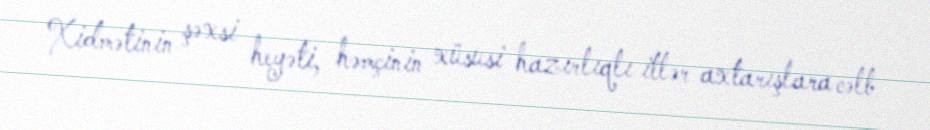
Xidmətinin şəxsi heyəti, həmçinin xüsusi hazırlıqlı itlər axtarışlara cəlb